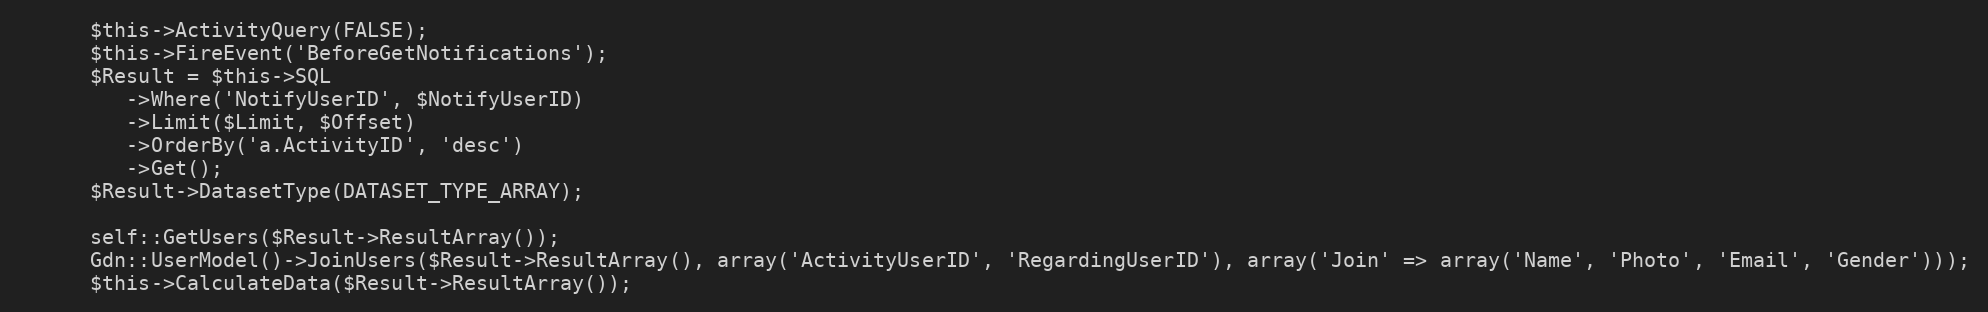
Language: PHP
      $this->ActivityQuery(FALSE);
      $this->FireEvent('BeforeGetNotifications');
      $Result = $this->SQL
         ->Where('NotifyUserID', $NotifyUserID)
         ->Limit($Limit, $Offset)
         ->OrderBy('a.ActivityID', 'desc')
         ->Get();
      $Result->DatasetType(DATASET_TYPE_ARRAY);

      self::GetUsers($Result->ResultArray());
      Gdn::UserModel()->JoinUsers($Result->ResultArray(), array('ActivityUserID', 'RegardingUserID'), array('Join' => array('Name', 'Photo', 'Email', 'Gender')));
      $this->CalculateData($Result->ResultArray());